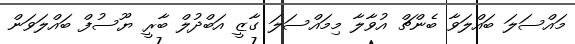
މައްސަލަ ބައްލަވާ ބެންޗް އުވާލާ މިމައްސަލަ ގާޒީ އަބްދުލް ބާރީ ޔޫސުފް ބައްލަވަން